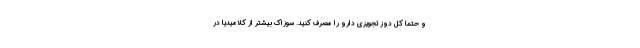
و حتماً کل دوز تجویزی دارو را مصرف کنید. سوزاک بیشتر از کلامیدیا در